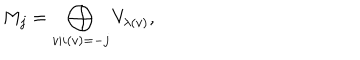
LaTeX: M _ { j } = \bigoplus _ { v | i ( v ) = - j } V _ { \lambda ( v ) } ,